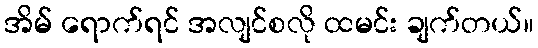
အိမ် ရောက်ရင် အလျင်စလို ထမင်း ချက်တယ်။